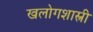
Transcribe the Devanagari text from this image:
खलोगशास्त्री